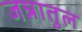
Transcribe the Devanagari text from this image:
जन्नातुल